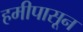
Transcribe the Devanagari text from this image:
हमीपासून